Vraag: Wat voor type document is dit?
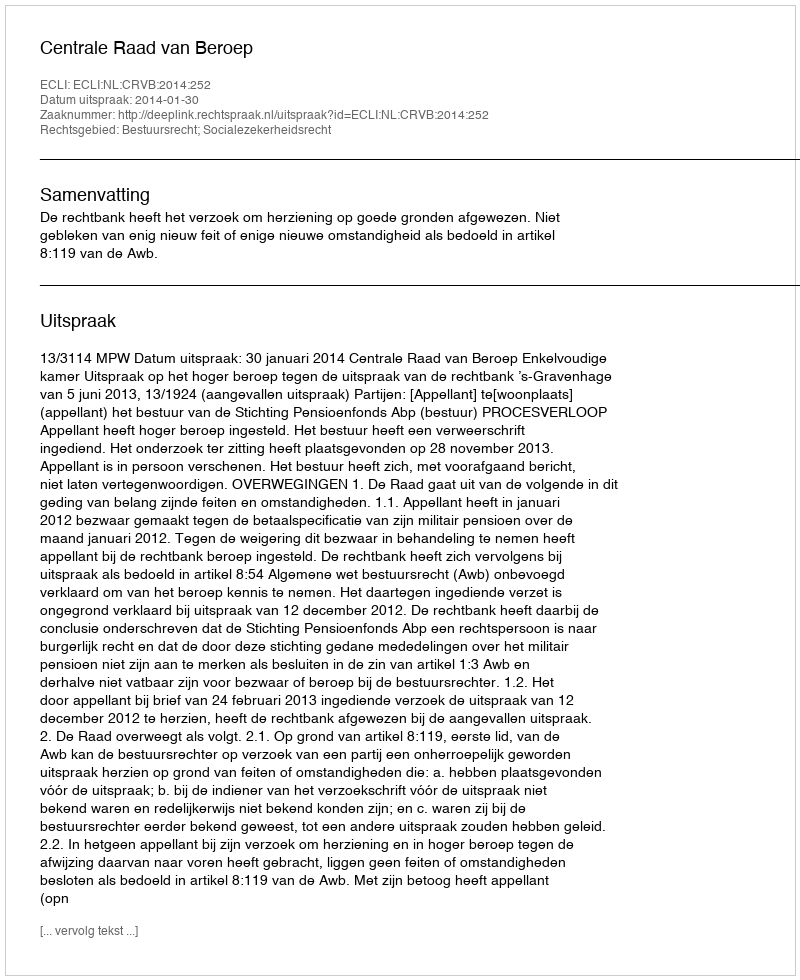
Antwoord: Uitspraak